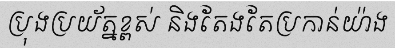
ប្រុងប្រយ័ត្នខ្ពស់ និងតែងតែប្រកាន់យ៉ាង